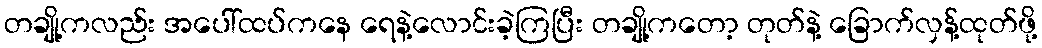
တချို့ကလည်း အပေါ်ထပ်ကနေ ရေနဲ့လောင်းခဲ့ကြပြီး တချို့ကတော့ တုတ်နဲ့ ခြောက်လှန့်ထုတ်ဖို့